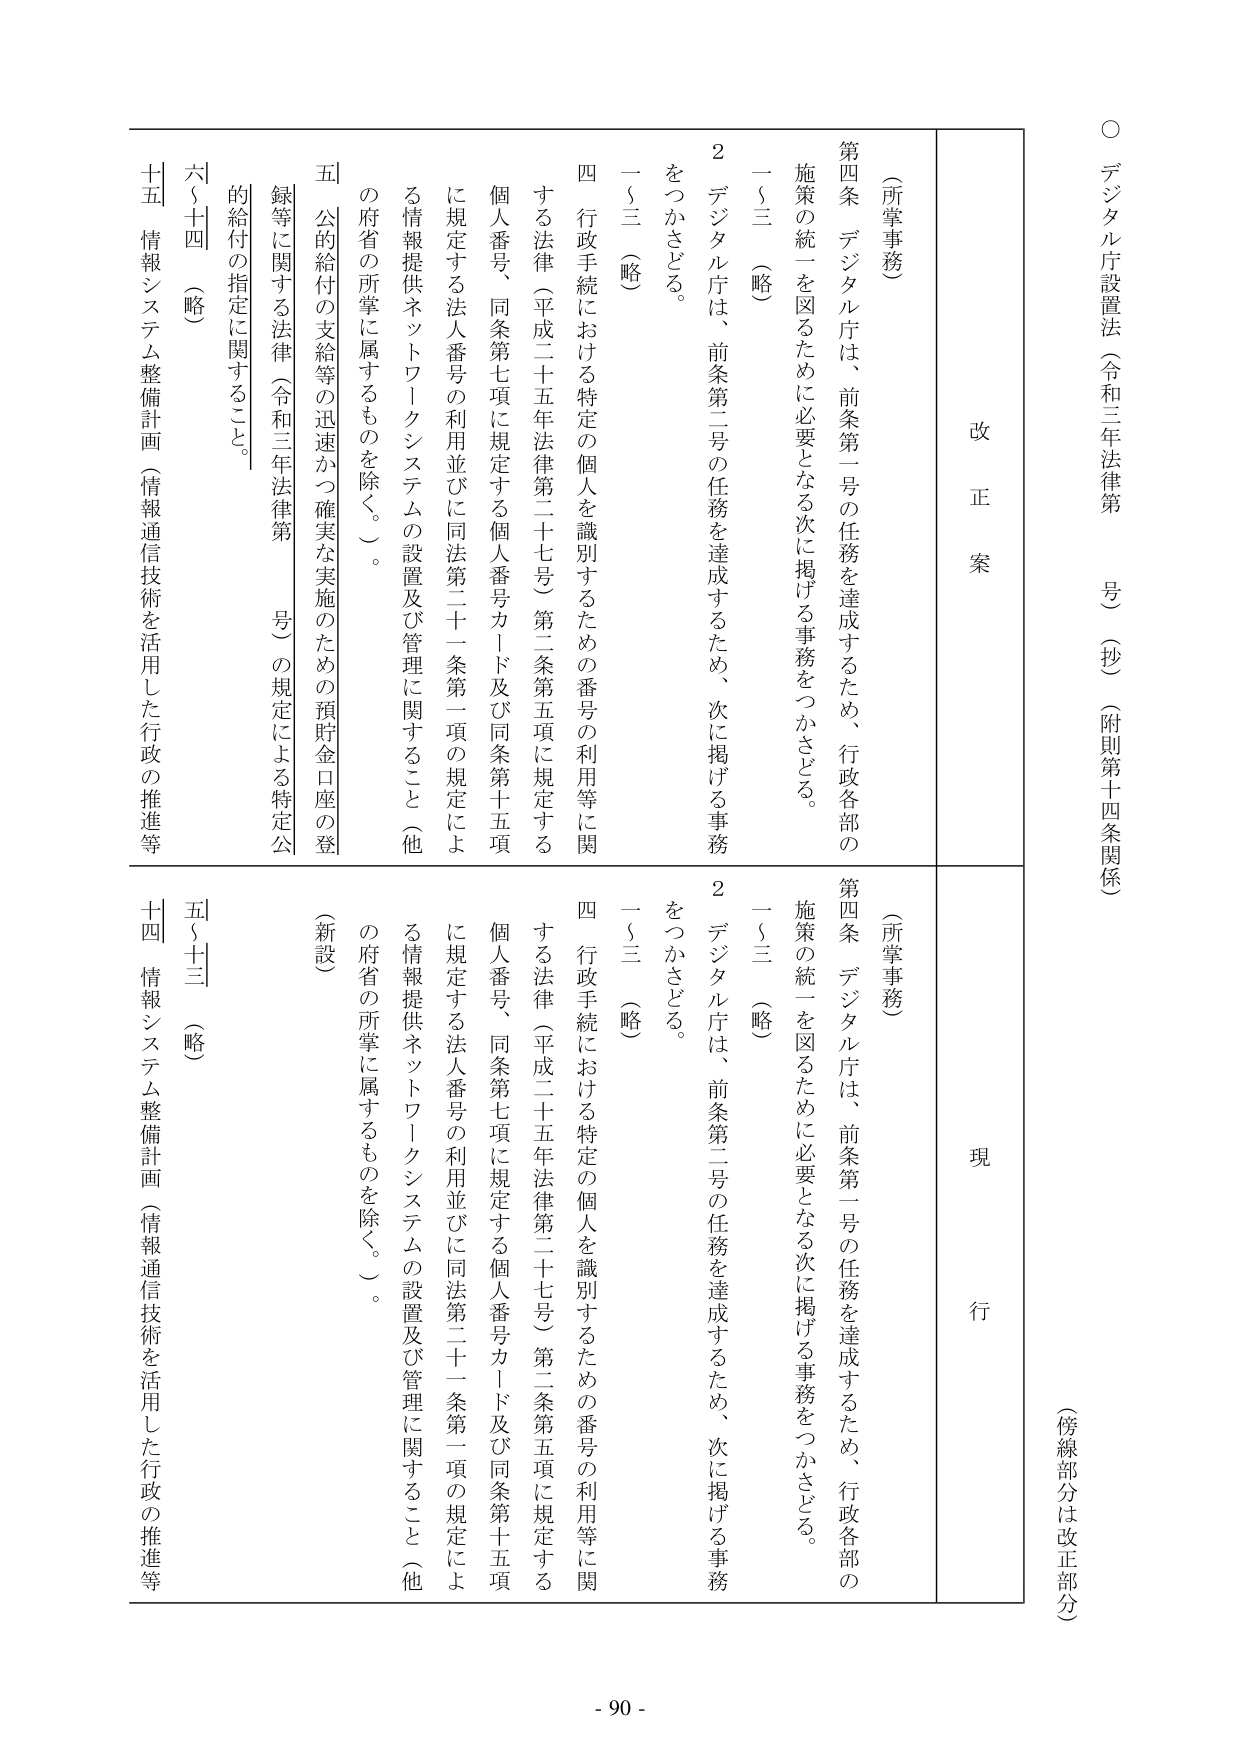
○ デジタル庁設置法（令和三年法律第　号）（抄）（附則第十四条関係）

（傍線部分は改正部分）

改正案

（所掌事務）

第四条 デジタル庁は、前条第一号の任務を達成するため、行政各部の施策の統一を図るために必要となる次に掲げる事務をつかさどる。

一～三 （略）

２ デジタル庁は、前条第二号の任務を達成するため、次に掲げる事務をつかさどる。

一～三 （略）

四 行政手続における特定の個人を識別するための番号の利用等に関する法律（平成二十五年法律第二十七号）第二条第五項に規定する個人番号、同条第七項に規定する個人番号カード及び同条第十五項に規定する法人番号の利用並びに同法第二十一条第一項の規定による情報提供ネットワークシステムの設置及び管理に関すること（他の府省の所掌に属するものを除く。）。

五 公的給付の支給等の迅速かつ確実な実施のための預貯金口座の登録等に関する法律（令和三年法律第　号）の規定による特定公的給付の指定に関すること。

六～十四 （略）

十五 情報システム整備計画（情報通信技術を活用した行政の推進等

現行

（所掌事務）

第四条 デジタル庁は、前条第一号の任務を達成するため、行政各部の施策の統一を図るために必要となる次に掲げる事務をつかさどる。

一～三 （略）

２ デジタル庁は、前条第二号の任務を達成するため、次に掲げる事務をつかさどる。

一～三 （略）

四 行政手続における特定の個人を識別するための番号の利用等に関する法律（平成二十五年法律第二十七号）第二条第五項に規定する個人番号、同条第七項に規定する個人番号カード及び同条第十五項に規定する法人番号の利用並びに同法第二十一条第一項の規定による情報提供ネットワークシステムの設置及び管理に関すること（他の府省の所掌に属するものを除く。）。

（新設）

五～十三 （略）

十四 情報システム整備計画（情報通信技術を活用した行政の推進等

- 90 -